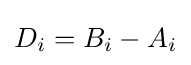
D_{i}=B_{i}-A_{i}